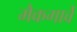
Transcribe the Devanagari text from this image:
मैकगार्वे